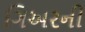
ગિઅરની